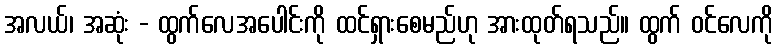
အလယ်၊ အဆုံး - ထွက်လေအပေါင်းကို ထင်ရှားစေမည်ဟု အားထုတ်ရသည်။ ထွက် ဝင်လေကို